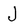
Character: J